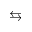
\leftrightarrows